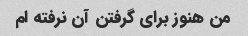
من هنوز برای گرفتن آن نرفته ام